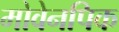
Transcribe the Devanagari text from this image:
मोवेनपिक